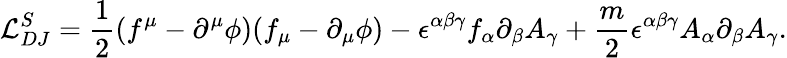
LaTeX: {\cal{L}}_{DJ}^{S}=\frac{1}{2}(f^{\mu}-\partial^{\mu}\phi)(f_{\mu}-\partial_{\mu}\phi)-\epsilon^{\alpha\beta\gamma}f_{\alpha}\partial_{\beta}A_{\gamma}+\frac{m}{2}\epsilon^{\alpha\beta\gamma}A_{\alpha}\partial_{\beta}A_{\gamma}.